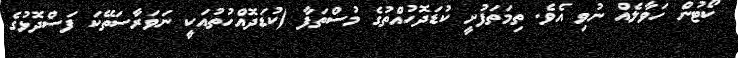
ކޯޓުން ހަވާލެއް ނުވި އެވެ. ތިމަތަފުށީ ކުޑަދޮހުއްތުގެ މުސްތަފާ (ކުޑަދޮއްހުތުއަކީ ނަވަރާސަތޭކަ ފަސްދޮޅުގެ